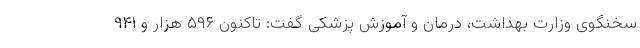
سخنگوی وزارت بهداشت، درمان و آموزش پزشکی گفت: تاکنون ۵۹۶ هزار و ۹۴۱